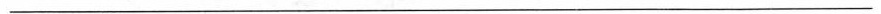
___